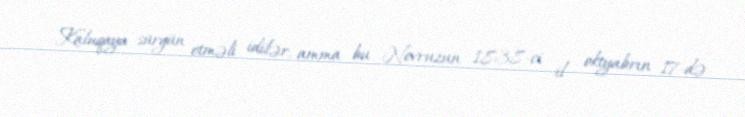
Kaluqaya sürgün etməli idilər, amma bu Novruzun 1838-ci il oktyabrın 17-də